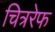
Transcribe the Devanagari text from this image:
चित्ररेफ